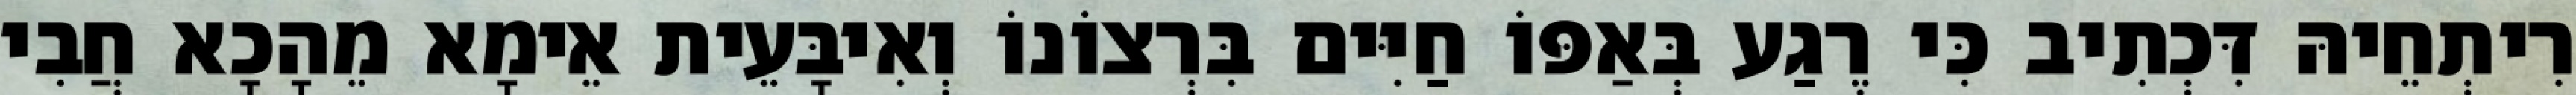
רִיתְחֵיהּ דִּכְתִיב כִּי רֶגַע בְּאַפּוֹ חַיִּים בִּרְצוֹנוֹ וְאִיבָּעֵית אֵימָא מֵהָכָא חֲבִי